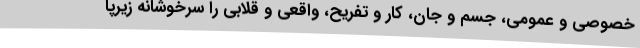
خصوصی و عمومی، جسم و جان، کار و تفریح، واقعی و قلابی را سرخوشانه زیرپا